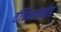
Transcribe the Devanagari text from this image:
तंत्रिकाप्रकांड